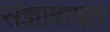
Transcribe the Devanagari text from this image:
संज्ञाबाबत